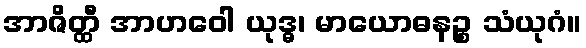
အာဇိတ္ထီ အာဟဝေါ ယုဒ္ဓ၊ မာယောဓနဉ္စ သံယုဂံ။